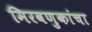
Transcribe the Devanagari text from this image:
मिरवणुकांचा